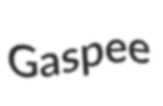
Gaspee